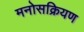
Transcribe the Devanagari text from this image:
मनोसक्रियण